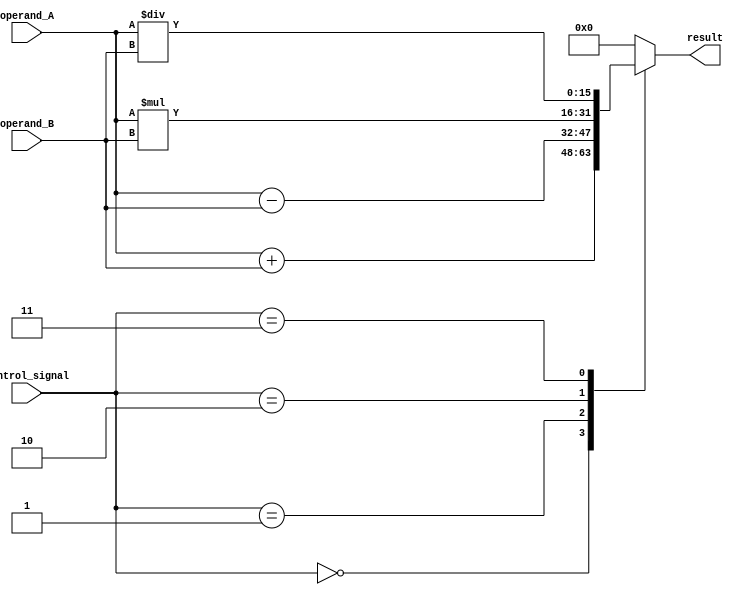
module ALU_16bit (
    input [15:0] operand_A,
    input [15:0] operand_B,
    input [3:0] control_signal,
    output reg [15:0] result
);

reg [15:0] add_result;
reg [15:0] sub_result;
reg [15:0] mul_result;
reg [15:0] div_result;

always @ (control_signal or operand_A or operand_B) begin
    case (control_signal)
        4'b0000: result = operand_A + operand_B; // Addition
        4'b0001: result = operand_A - operand_B; // Subtraction
        4'b0010: result = operand_A * operand_B; // Multiplication
        4'b0011: result = operand_A / operand_B; // Division
        default: result = 16'b0;
    endcase
end

endmodule